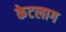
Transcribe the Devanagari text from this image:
केटलाग